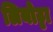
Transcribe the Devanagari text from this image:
लियोट्टा